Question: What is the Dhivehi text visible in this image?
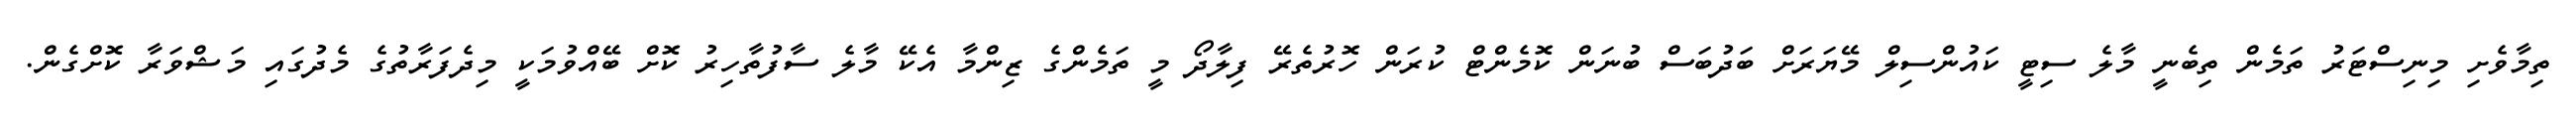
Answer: ތިމާވެށި މިނިސްޓަރު ތަމެން ތިބެނީ މާލެ ސިޓީ ކައުންސިލް މޭޔަރަށް ބަދުބަސް ބުނަން ކޮމެންޓް ކުރަން ހޮރުތެރޭ ފިލާދޯ މީ ތަމެންގެ ޒިންމާ އެކޭ މާލެ ސާފުތާހިރު ކޮށް ބޭއްވުމަކީ މިދެފަރާތުގެ މެދުގައި މަޝްވަރާ ކޮށްގެން.